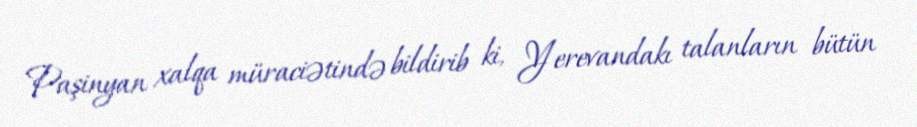
Paşinyan xalqa müraciətində bildirib ki, Yerevandakı talanların bütün